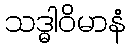
သဒ္ဓါဝိမာနံ